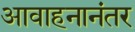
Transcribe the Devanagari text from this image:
आवाहनानंतर